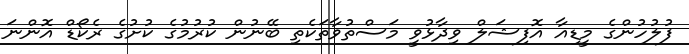
ފުލުހުންގެ މީޑިއާ އޮފިޝަލް ވިދާޅުވީ މަސްތުވާތަކެތި ބޭނުން ކުރުމުގެ ކުށުގެ ރެކޯޑް އޮންނަ